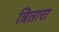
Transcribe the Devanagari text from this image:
त्रितारा